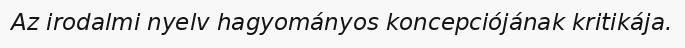
Az irodalmi nyelv hagyományos koncepciójának kritikája.